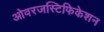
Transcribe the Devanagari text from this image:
ओवरजस्टिफिकेशन